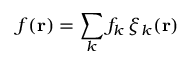
f ( { \bf r } ) = \sum _ { k } f _ { k } \, \xi _ { k } ( { \bf r } )